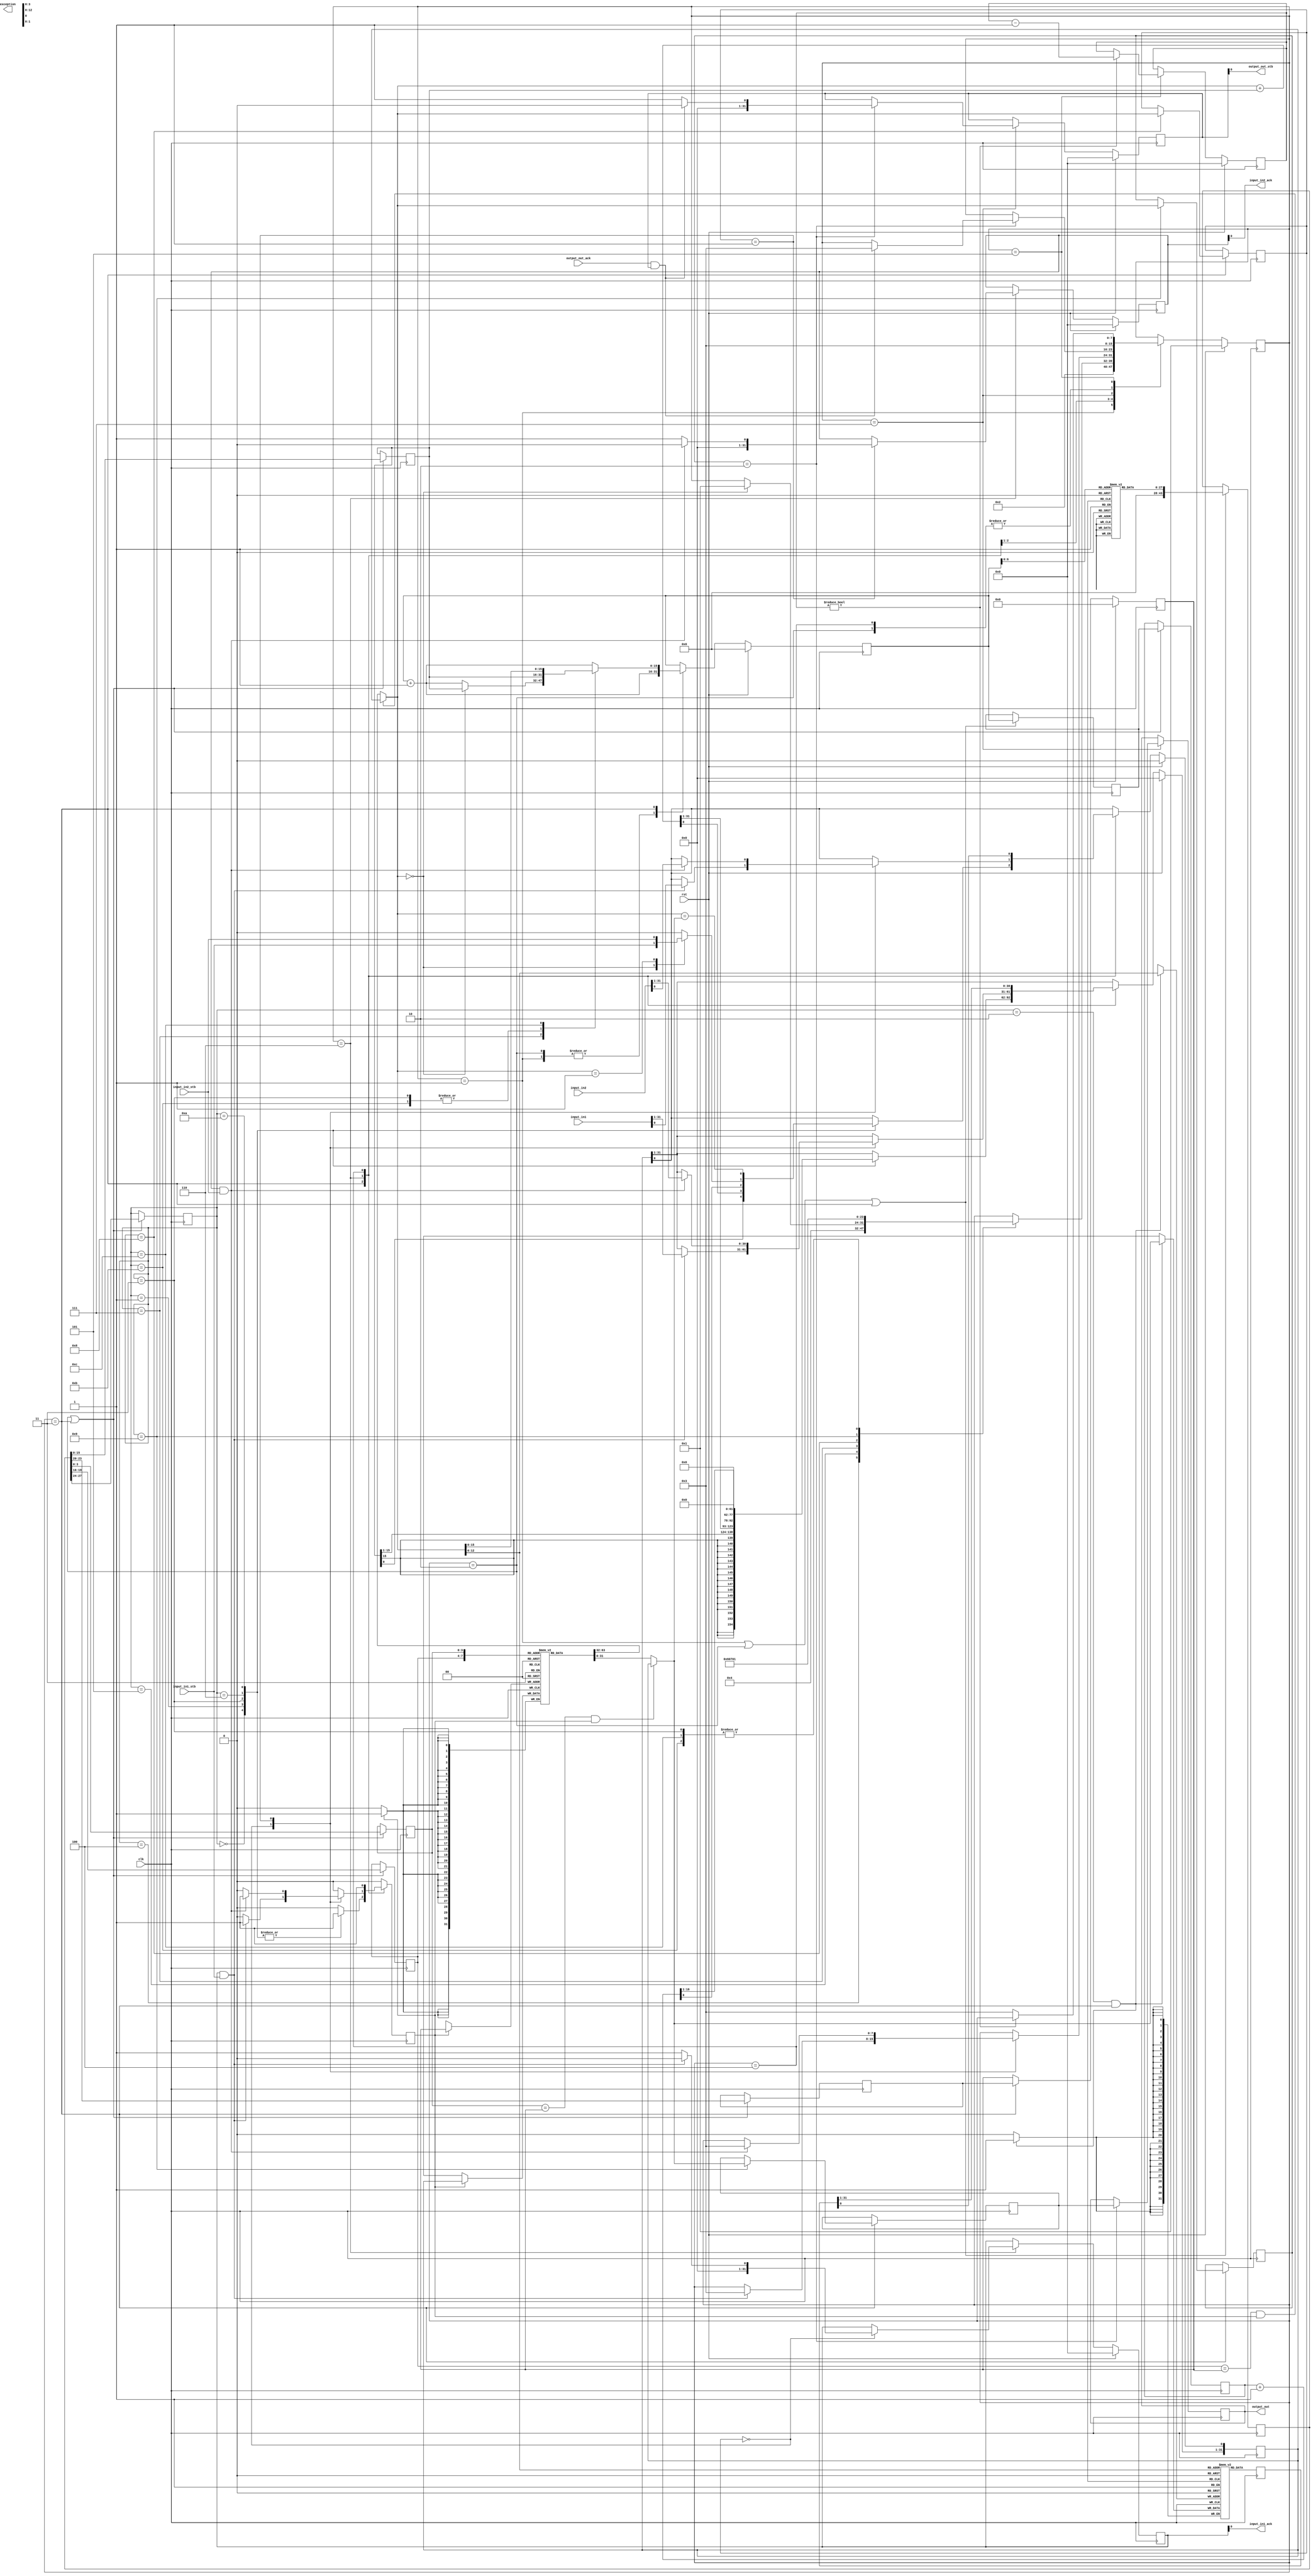
//name : main_0
//input : input_in1:16
//input : input_in2:16
//output : output_out:16
//source_file : /home/storage/Projects/Chips-Demo/demo/examples/web_server/arbiter.c

///+============================================================================+
///|                                                                            |
///|                     This file was generated by Chips                       |
///|                                                                            |
///|                                  Chips                                     |
///|                                                                            |
///|                      http://github.com/dawsonjon/Chips-2.0                 |
///|                                                                            |
///|                                                             Python powered |
///+============================================================================+
module main_0(input_in1,input_in2,input_in1_stb,input_in2_stb,output_out_ack,clk,rst,output_out,output_out_stb,input_in1_ack,input_in2_ack,exception);
  integer file_count;
  parameter  stop = 3'd0,
  instruction_fetch = 3'd1,
  operand_fetch = 3'd2,
  execute = 3'd3,
  load = 3'd4,
  wait_state = 3'd5,
  read = 3'd6,
  write = 3'd7;
  input [31:0] input_in1;
  input [31:0] input_in2;
  input input_in1_stb;
  input input_in2_stb;
  input output_out_ack;
  input clk;
  input rst;
  output [31:0] output_out;
  output output_out_stb;
  output input_in1_ack;
  output input_in2_ack;
  reg [31:0] timer;
  reg [63:0] timer_clock;
  reg [15:0] program_counter;
  reg [15:0] program_counter_1;
  reg [15:0] program_counter_2;
  reg [43:0] instruction;
  reg [3:0] opcode_2;
  reg [3:0] a;
  reg [3:0] b;
  reg [3:0] z;
  reg write_enable;
  reg [3:0] address_a_2;
  reg [3:0] address_b_2;
  reg [3:0] address_z_2;
  reg [3:0] address_z_3;
  reg [31:0] load_data;
  reg [31:0] write_output;
  reg [31:0] write_value;
  reg [31:0] read_input;
  reg [15:0] literal_2;
  reg [31:0] a_hi;
  reg [31:0] b_hi;
  reg [31:0] a_lo;
  reg [31:0] b_lo;
  reg [63:0] long_result;
  reg [31:0] result;
  reg [15:0] address;
  reg [31:0] data_out;
  reg [31:0] data_in;
  reg [31:0] carry;
  reg [31:0] s_output_out_stb;
  reg [31:0] s_output_out;
  reg [31:0] s_input_in1_ack;
  reg [31:0] s_input_in2_ack;
  reg [7:0] state;
  output reg exception;
  reg [27:0] instructions [94:0];
  reg [31:0] memory [4096:0];
  reg [31:0] registers [15:0];
  wire [31:0] operand_a;
  wire [31:0] operand_b;
  wire [31:0] register_a;
  wire [31:0] register_b;
  wire [15:0] literal;
  wire [3:0] opcode;
  wire [3:0] address_a;
  wire [3:0] address_b;
  wire [3:0] address_z;
  wire [15:0] load_address;
  wire [15:0] store_address;
  wire [31:0] store_data;
  wire  store_enable;

  //////////////////////////////////////////////////////////////////////////////
  // INSTRUCTION INITIALIZATION                                                 
  //                                                                            
  // Initialise the contents of the instruction memory                          
  //
  // Intruction Set
  // ==============
  // 0 {'literal': True, 'op': 'literal'}
  // 1 {'literal': True, 'op': 'addl'}
  // 2 {'literal': False, 'op': 'store'}
  // 3 {'literal': True, 'op': 'call'}
  // 4 {'literal': False, 'op': 'stop'}
  // 5 {'literal': False, 'op': 'load'}
  // 6 {'literal': False, 'op': 'ready'}
  // 7 {'literal': True, 'op': 'jmp_if_false'}
  // 8 {'literal': False, 'op': 'read'}
  // 9 {'literal': False, 'op': 'write'}
  // 10 {'literal': False, 'op': 'equal'}
  // 11 {'literal': True, 'op': 'goto'}
  // 12 {'literal': False, 'op': 'return'}
  // Intructions
  // ===========
  
  initial
  begin
    instructions[0] = {4'd0, 4'd3, 4'd0, 16'd0};///home/storage/Projects/Chips-Demo/demo/examples/web_server/arbiter.c : 40 {'literal': 0, 'z': 3, 'trace': /home/storage/Projects/Chips-Demo/demo/examples/web_server/arbiter.c : 40, 'op': 'literal'}
    instructions[1] = {4'd0, 4'd4, 4'd0, 16'd0};///home/storage/Projects/Chips-Demo/demo/examples/web_server/arbiter.c : 40 {'literal': 0, 'z': 4, 'trace': /home/storage/Projects/Chips-Demo/demo/examples/web_server/arbiter.c : 40, 'op': 'literal'}
    instructions[2] = {4'd1, 4'd3, 4'd3, 16'd3};///home/storage/Projects/Chips-Demo/demo/examples/web_server/arbiter.c : 40 {'a': 3, 'literal': 3, 'z': 3, 'trace': /home/storage/Projects/Chips-Demo/demo/examples/web_server/arbiter.c : 40, 'op': 'addl'}
    instructions[3] = {4'd0, 4'd8, 4'd0, 16'd1};///home/storage/Projects/Chips-Demo/demo/examples/web_server/arbiter.c : 16 {'literal': 1, 'z': 8, 'trace': /home/storage/Projects/Chips-Demo/demo/examples/web_server/arbiter.c : 16, 'op': 'literal'}
    instructions[4] = {4'd0, 4'd2, 4'd0, 16'd0};///home/storage/Projects/Chips-Demo/demo/examples/web_server/arbiter.c : 16 {'literal': 0, 'z': 2, 'trace': /home/storage/Projects/Chips-Demo/demo/examples/web_server/arbiter.c : 16, 'op': 'literal'}
    instructions[5] = {4'd2, 4'd0, 4'd2, 16'd8};///home/storage/Projects/Chips-Demo/demo/examples/web_server/arbiter.c : 16 {'a': 2, 'b': 8, 'trace': /home/storage/Projects/Chips-Demo/demo/examples/web_server/arbiter.c : 16, 'op': 'store'}
    instructions[6] = {4'd0, 4'd8, 4'd0, 16'd2};///home/storage/Projects/Chips-Demo/demo/examples/web_server/arbiter.c : 17 {'literal': 2, 'z': 8, 'trace': /home/storage/Projects/Chips-Demo/demo/examples/web_server/arbiter.c : 17, 'op': 'literal'}
    instructions[7] = {4'd0, 4'd2, 4'd0, 16'd1};///home/storage/Projects/Chips-Demo/demo/examples/web_server/arbiter.c : 17 {'literal': 1, 'z': 2, 'trace': /home/storage/Projects/Chips-Demo/demo/examples/web_server/arbiter.c : 17, 'op': 'literal'}
    instructions[8] = {4'd2, 4'd0, 4'd2, 16'd8};///home/storage/Projects/Chips-Demo/demo/examples/web_server/arbiter.c : 17 {'a': 2, 'b': 8, 'trace': /home/storage/Projects/Chips-Demo/demo/examples/web_server/arbiter.c : 17, 'op': 'store'}
    instructions[9] = {4'd0, 4'd8, 4'd0, 16'd0};///home/storage/Projects/Chips-Demo/demo/examples/web_server/arbiter.c : 15 {'literal': 0, 'z': 8, 'trace': /home/storage/Projects/Chips-Demo/demo/examples/web_server/arbiter.c : 15, 'op': 'literal'}
    instructions[10] = {4'd0, 4'd2, 4'd0, 16'd2};///home/storage/Projects/Chips-Demo/demo/examples/web_server/arbiter.c : 15 {'literal': 2, 'z': 2, 'trace': /home/storage/Projects/Chips-Demo/demo/examples/web_server/arbiter.c : 15, 'op': 'literal'}
    instructions[11] = {4'd2, 4'd0, 4'd2, 16'd8};///home/storage/Projects/Chips-Demo/demo/examples/web_server/arbiter.c : 15 {'a': 2, 'b': 8, 'trace': /home/storage/Projects/Chips-Demo/demo/examples/web_server/arbiter.c : 15, 'op': 'store'}
    instructions[12] = {4'd1, 4'd7, 4'd4, 16'd0};///home/storage/Projects/Chips-Demo/demo/examples/web_server/arbiter.c : 40 {'a': 4, 'literal': 0, 'z': 7, 'trace': /home/storage/Projects/Chips-Demo/demo/examples/web_server/arbiter.c : 40, 'op': 'addl'}
    instructions[13] = {4'd1, 4'd4, 4'd3, 16'd0};///home/storage/Projects/Chips-Demo/demo/examples/web_server/arbiter.c : 40 {'a': 3, 'literal': 0, 'z': 4, 'trace': /home/storage/Projects/Chips-Demo/demo/examples/web_server/arbiter.c : 40, 'op': 'addl'}
    instructions[14] = {4'd3, 4'd6, 4'd0, 16'd16};///home/storage/Projects/Chips-Demo/demo/examples/web_server/arbiter.c : 40 {'z': 6, 'label': 16, 'trace': /home/storage/Projects/Chips-Demo/demo/examples/web_server/arbiter.c : 40, 'op': 'call'}
    instructions[15] = {4'd4, 4'd0, 4'd0, 16'd0};///home/storage/Projects/Chips-Demo/demo/examples/web_server/arbiter.c : 40 {'trace': /home/storage/Projects/Chips-Demo/demo/examples/web_server/arbiter.c : 40, 'op': 'stop'}
    instructions[16] = {4'd1, 4'd3, 4'd3, 16'd1};///home/storage/Projects/Chips-Demo/demo/examples/web_server/arbiter.c : 19 {'a': 3, 'literal': 1, 'z': 3, 'trace': /home/storage/Projects/Chips-Demo/demo/examples/web_server/arbiter.c : 19, 'op': 'addl'}
    instructions[17] = {4'd0, 4'd8, 4'd0, 16'd2};///home/storage/Projects/Chips-Demo/demo/examples/web_server/arbiter.c : 23 {'literal': 2, 'z': 8, 'trace': /home/storage/Projects/Chips-Demo/demo/examples/web_server/arbiter.c : 23, 'op': 'literal'}
    instructions[18] = {4'd1, 4'd2, 4'd8, 16'd0};///home/storage/Projects/Chips-Demo/demo/examples/web_server/arbiter.c : 23 {'a': 8, 'literal': 0, 'z': 2, 'trace': /home/storage/Projects/Chips-Demo/demo/examples/web_server/arbiter.c : 23, 'op': 'addl'}
    instructions[19] = {4'd5, 4'd8, 4'd2, 16'd0};///home/storage/Projects/Chips-Demo/demo/examples/web_server/arbiter.c : 23 {'a': 2, 'z': 8, 'trace': /home/storage/Projects/Chips-Demo/demo/examples/web_server/arbiter.c : 23, 'op': 'load'}
    instructions[20] = {4'd6, 4'd8, 4'd8, 16'd0};///home/storage/Projects/Chips-Demo/demo/examples/web_server/arbiter.c : 23 {'a': 8, 'z': 8, 'trace': /home/storage/Projects/Chips-Demo/demo/examples/web_server/arbiter.c : 23, 'op': 'ready'}
    instructions[21] = {4'd7, 4'd0, 4'd8, 16'd54};///home/storage/Projects/Chips-Demo/demo/examples/web_server/arbiter.c : 23 {'a': 8, 'label': 54, 'trace': /home/storage/Projects/Chips-Demo/demo/examples/web_server/arbiter.c : 23, 'op': 'jmp_if_false'}
    instructions[22] = {4'd0, 4'd8, 4'd0, 16'd2};///home/storage/Projects/Chips-Demo/demo/examples/web_server/arbiter.c : 25 {'literal': 2, 'z': 8, 'trace': /home/storage/Projects/Chips-Demo/demo/examples/web_server/arbiter.c : 25, 'op': 'literal'}
    instructions[23] = {4'd1, 4'd2, 4'd8, 16'd0};///home/storage/Projects/Chips-Demo/demo/examples/web_server/arbiter.c : 25 {'a': 8, 'literal': 0, 'z': 2, 'trace': /home/storage/Projects/Chips-Demo/demo/examples/web_server/arbiter.c : 25, 'op': 'addl'}
    instructions[24] = {4'd5, 4'd8, 4'd2, 16'd0};///home/storage/Projects/Chips-Demo/demo/examples/web_server/arbiter.c : 25 {'a': 2, 'z': 8, 'trace': /home/storage/Projects/Chips-Demo/demo/examples/web_server/arbiter.c : 25, 'op': 'load'}
    instructions[25] = {4'd8, 4'd8, 4'd8, 16'd0};///home/storage/Projects/Chips-Demo/demo/examples/web_server/arbiter.c : 25 {'a': 8, 'z': 8, 'trace': /home/storage/Projects/Chips-Demo/demo/examples/web_server/arbiter.c : 25, 'op': 'read'}
    instructions[26] = {4'd1, 4'd2, 4'd4, 16'd0};///home/storage/Projects/Chips-Demo/demo/examples/web_server/arbiter.c : 25 {'a': 4, 'literal': 0, 'z': 2, 'trace': /home/storage/Projects/Chips-Demo/demo/examples/web_server/arbiter.c : 25, 'op': 'addl'}
    instructions[27] = {4'd2, 4'd0, 4'd2, 16'd8};///home/storage/Projects/Chips-Demo/demo/examples/web_server/arbiter.c : 25 {'a': 2, 'b': 8, 'trace': /home/storage/Projects/Chips-Demo/demo/examples/web_server/arbiter.c : 25, 'op': 'store'}
    instructions[28] = {4'd0, 4'd8, 4'd0, 16'd1};///home/storage/Projects/Chips-Demo/demo/examples/web_server/arbiter.c : 26 {'literal': 1, 'z': 8, 'trace': /home/storage/Projects/Chips-Demo/demo/examples/web_server/arbiter.c : 26, 'op': 'literal'}
    instructions[29] = {4'd1, 4'd2, 4'd8, 16'd0};///home/storage/Projects/Chips-Demo/demo/examples/web_server/arbiter.c : 26 {'a': 8, 'literal': 0, 'z': 2, 'trace': /home/storage/Projects/Chips-Demo/demo/examples/web_server/arbiter.c : 26, 'op': 'addl'}
    instructions[30] = {4'd5, 4'd8, 4'd2, 16'd0};///home/storage/Projects/Chips-Demo/demo/examples/web_server/arbiter.c : 26 {'a': 2, 'z': 8, 'trace': /home/storage/Projects/Chips-Demo/demo/examples/web_server/arbiter.c : 26, 'op': 'load'}
    instructions[31] = {4'd2, 4'd0, 4'd3, 16'd8};///home/storage/Projects/Chips-Demo/demo/examples/web_server/arbiter.c : 26 {'a': 3, 'comment': 'push', 'b': 8, 'trace': /home/storage/Projects/Chips-Demo/demo/examples/web_server/arbiter.c : 26, 'op': 'store'}
    instructions[32] = {4'd1, 4'd3, 4'd3, 16'd1};///home/storage/Projects/Chips-Demo/demo/examples/web_server/arbiter.c : 26 {'a': 3, 'literal': 1, 'z': 3, 'trace': /home/storage/Projects/Chips-Demo/demo/examples/web_server/arbiter.c : 26, 'op': 'addl'}
    instructions[33] = {4'd1, 4'd8, 4'd4, 16'd0};///home/storage/Projects/Chips-Demo/demo/examples/web_server/arbiter.c : 26 {'a': 4, 'literal': 0, 'z': 8, 'trace': /home/storage/Projects/Chips-Demo/demo/examples/web_server/arbiter.c : 26, 'op': 'addl'}
    instructions[34] = {4'd1, 4'd2, 4'd8, 16'd0};///home/storage/Projects/Chips-Demo/demo/examples/web_server/arbiter.c : 26 {'a': 8, 'literal': 0, 'z': 2, 'trace': /home/storage/Projects/Chips-Demo/demo/examples/web_server/arbiter.c : 26, 'op': 'addl'}
    instructions[35] = {4'd5, 4'd8, 4'd2, 16'd0};///home/storage/Projects/Chips-Demo/demo/examples/web_server/arbiter.c : 26 {'a': 2, 'z': 8, 'trace': /home/storage/Projects/Chips-Demo/demo/examples/web_server/arbiter.c : 26, 'op': 'load'}
    instructions[36] = {4'd1, 4'd3, 4'd3, -16'd1};///home/storage/Projects/Chips-Demo/demo/examples/web_server/arbiter.c : 26 {'a': 3, 'comment': 'pop', 'trace': /home/storage/Projects/Chips-Demo/demo/examples/web_server/arbiter.c : 26, 'literal': -1, 'z': 3, 'op': 'addl'}
    instructions[37] = {4'd5, 4'd0, 4'd3, 16'd0};///home/storage/Projects/Chips-Demo/demo/examples/web_server/arbiter.c : 26 {'a': 3, 'z': 0, 'trace': /home/storage/Projects/Chips-Demo/demo/examples/web_server/arbiter.c : 26, 'op': 'load'}
    instructions[38] = {4'd9, 4'd0, 4'd0, 16'd8};///home/storage/Projects/Chips-Demo/demo/examples/web_server/arbiter.c : 26 {'a': 0, 'b': 8, 'trace': /home/storage/Projects/Chips-Demo/demo/examples/web_server/arbiter.c : 26, 'op': 'write'}
    instructions[39] = {4'd1, 4'd3, 4'd3, 16'd0};///home/storage/Projects/Chips-Demo/demo/examples/web_server/arbiter.c : 26 {'a': 3, 'literal': 0, 'z': 3, 'trace': /home/storage/Projects/Chips-Demo/demo/examples/web_server/arbiter.c : 26, 'op': 'addl'}
    instructions[40] = {4'd0, 4'd8, 4'd0, 16'd10};///home/storage/Projects/Chips-Demo/demo/examples/web_server/arbiter.c : 27 {'literal': 10, 'z': 8, 'trace': /home/storage/Projects/Chips-Demo/demo/examples/web_server/arbiter.c : 27, 'op': 'literal'}
    instructions[41] = {4'd2, 4'd0, 4'd3, 16'd8};///home/storage/Projects/Chips-Demo/demo/examples/web_server/arbiter.c : 27 {'a': 3, 'comment': 'push', 'b': 8, 'trace': /home/storage/Projects/Chips-Demo/demo/examples/web_server/arbiter.c : 27, 'op': 'store'}
    instructions[42] = {4'd1, 4'd3, 4'd3, 16'd1};///home/storage/Projects/Chips-Demo/demo/examples/web_server/arbiter.c : 27 {'a': 3, 'literal': 1, 'z': 3, 'trace': /home/storage/Projects/Chips-Demo/demo/examples/web_server/arbiter.c : 27, 'op': 'addl'}
    instructions[43] = {4'd1, 4'd8, 4'd4, 16'd0};///home/storage/Projects/Chips-Demo/demo/examples/web_server/arbiter.c : 27 {'a': 4, 'literal': 0, 'z': 8, 'trace': /home/storage/Projects/Chips-Demo/demo/examples/web_server/arbiter.c : 27, 'op': 'addl'}
    instructions[44] = {4'd1, 4'd2, 4'd8, 16'd0};///home/storage/Projects/Chips-Demo/demo/examples/web_server/arbiter.c : 27 {'a': 8, 'literal': 0, 'z': 2, 'trace': /home/storage/Projects/Chips-Demo/demo/examples/web_server/arbiter.c : 27, 'op': 'addl'}
    instructions[45] = {4'd5, 4'd8, 4'd2, 16'd0};///home/storage/Projects/Chips-Demo/demo/examples/web_server/arbiter.c : 27 {'a': 2, 'z': 8, 'trace': /home/storage/Projects/Chips-Demo/demo/examples/web_server/arbiter.c : 27, 'op': 'load'}
    instructions[46] = {4'd1, 4'd3, 4'd3, -16'd1};///home/storage/Projects/Chips-Demo/demo/examples/web_server/arbiter.c : 27 {'a': 3, 'comment': 'pop', 'trace': /home/storage/Projects/Chips-Demo/demo/examples/web_server/arbiter.c : 27, 'literal': -1, 'z': 3, 'op': 'addl'}
    instructions[47] = {4'd5, 4'd10, 4'd3, 16'd0};///home/storage/Projects/Chips-Demo/demo/examples/web_server/arbiter.c : 27 {'a': 3, 'z': 10, 'trace': /home/storage/Projects/Chips-Demo/demo/examples/web_server/arbiter.c : 27, 'op': 'load'}
    instructions[48] = {4'd10, 4'd8, 4'd8, 16'd10};///home/storage/Projects/Chips-Demo/demo/examples/web_server/arbiter.c : 27 {'a': 8, 'z': 8, 'b': 10, 'trace': /home/storage/Projects/Chips-Demo/demo/examples/web_server/arbiter.c : 27, 'op': 'equal'}
    instructions[49] = {4'd7, 4'd0, 4'd8, 16'd52};///home/storage/Projects/Chips-Demo/demo/examples/web_server/arbiter.c : 27 {'a': 8, 'label': 52, 'trace': /home/storage/Projects/Chips-Demo/demo/examples/web_server/arbiter.c : 27, 'op': 'jmp_if_false'}
    instructions[50] = {4'd11, 4'd0, 4'd0, 16'd53};///home/storage/Projects/Chips-Demo/demo/examples/web_server/arbiter.c : 27 {'label': 53, 'trace': /home/storage/Projects/Chips-Demo/demo/examples/web_server/arbiter.c : 27, 'op': 'goto'}
    instructions[51] = {4'd11, 4'd0, 4'd0, 16'd52};///home/storage/Projects/Chips-Demo/demo/examples/web_server/arbiter.c : 27 {'label': 52, 'trace': /home/storage/Projects/Chips-Demo/demo/examples/web_server/arbiter.c : 27, 'op': 'goto'}
    instructions[52] = {4'd11, 4'd0, 4'd0, 16'd22};///home/storage/Projects/Chips-Demo/demo/examples/web_server/arbiter.c : 24 {'label': 22, 'trace': /home/storage/Projects/Chips-Demo/demo/examples/web_server/arbiter.c : 24, 'op': 'goto'}
    instructions[53] = {4'd11, 4'd0, 4'd0, 16'd54};///home/storage/Projects/Chips-Demo/demo/examples/web_server/arbiter.c : 23 {'label': 54, 'trace': /home/storage/Projects/Chips-Demo/demo/examples/web_server/arbiter.c : 23, 'op': 'goto'}
    instructions[54] = {4'd0, 4'd8, 4'd0, 16'd0};///home/storage/Projects/Chips-Demo/demo/examples/web_server/arbiter.c : 30 {'literal': 0, 'z': 8, 'trace': /home/storage/Projects/Chips-Demo/demo/examples/web_server/arbiter.c : 30, 'op': 'literal'}
    instructions[55] = {4'd1, 4'd2, 4'd8, 16'd0};///home/storage/Projects/Chips-Demo/demo/examples/web_server/arbiter.c : 30 {'a': 8, 'literal': 0, 'z': 2, 'trace': /home/storage/Projects/Chips-Demo/demo/examples/web_server/arbiter.c : 30, 'op': 'addl'}
    instructions[56] = {4'd5, 4'd8, 4'd2, 16'd0};///home/storage/Projects/Chips-Demo/demo/examples/web_server/arbiter.c : 30 {'a': 2, 'z': 8, 'trace': /home/storage/Projects/Chips-Demo/demo/examples/web_server/arbiter.c : 30, 'op': 'load'}
    instructions[57] = {4'd6, 4'd8, 4'd8, 16'd0};///home/storage/Projects/Chips-Demo/demo/examples/web_server/arbiter.c : 30 {'a': 8, 'z': 8, 'trace': /home/storage/Projects/Chips-Demo/demo/examples/web_server/arbiter.c : 30, 'op': 'ready'}
    instructions[58] = {4'd7, 4'd0, 4'd8, 16'd91};///home/storage/Projects/Chips-Demo/demo/examples/web_server/arbiter.c : 30 {'a': 8, 'label': 91, 'trace': /home/storage/Projects/Chips-Demo/demo/examples/web_server/arbiter.c : 30, 'op': 'jmp_if_false'}
    instructions[59] = {4'd0, 4'd8, 4'd0, 16'd0};///home/storage/Projects/Chips-Demo/demo/examples/web_server/arbiter.c : 32 {'literal': 0, 'z': 8, 'trace': /home/storage/Projects/Chips-Demo/demo/examples/web_server/arbiter.c : 32, 'op': 'literal'}
    instructions[60] = {4'd1, 4'd2, 4'd8, 16'd0};///home/storage/Projects/Chips-Demo/demo/examples/web_server/arbiter.c : 32 {'a': 8, 'literal': 0, 'z': 2, 'trace': /home/storage/Projects/Chips-Demo/demo/examples/web_server/arbiter.c : 32, 'op': 'addl'}
    instructions[61] = {4'd5, 4'd8, 4'd2, 16'd0};///home/storage/Projects/Chips-Demo/demo/examples/web_server/arbiter.c : 32 {'a': 2, 'z': 8, 'trace': /home/storage/Projects/Chips-Demo/demo/examples/web_server/arbiter.c : 32, 'op': 'load'}
    instructions[62] = {4'd8, 4'd8, 4'd8, 16'd0};///home/storage/Projects/Chips-Demo/demo/examples/web_server/arbiter.c : 32 {'a': 8, 'z': 8, 'trace': /home/storage/Projects/Chips-Demo/demo/examples/web_server/arbiter.c : 32, 'op': 'read'}
    instructions[63] = {4'd1, 4'd2, 4'd4, 16'd0};///home/storage/Projects/Chips-Demo/demo/examples/web_server/arbiter.c : 32 {'a': 4, 'literal': 0, 'z': 2, 'trace': /home/storage/Projects/Chips-Demo/demo/examples/web_server/arbiter.c : 32, 'op': 'addl'}
    instructions[64] = {4'd2, 4'd0, 4'd2, 16'd8};///home/storage/Projects/Chips-Demo/demo/examples/web_server/arbiter.c : 32 {'a': 2, 'b': 8, 'trace': /home/storage/Projects/Chips-Demo/demo/examples/web_server/arbiter.c : 32, 'op': 'store'}
    instructions[65] = {4'd0, 4'd8, 4'd0, 16'd1};///home/storage/Projects/Chips-Demo/demo/examples/web_server/arbiter.c : 33 {'literal': 1, 'z': 8, 'trace': /home/storage/Projects/Chips-Demo/demo/examples/web_server/arbiter.c : 33, 'op': 'literal'}
    instructions[66] = {4'd1, 4'd2, 4'd8, 16'd0};///home/storage/Projects/Chips-Demo/demo/examples/web_server/arbiter.c : 33 {'a': 8, 'literal': 0, 'z': 2, 'trace': /home/storage/Projects/Chips-Demo/demo/examples/web_server/arbiter.c : 33, 'op': 'addl'}
    instructions[67] = {4'd5, 4'd8, 4'd2, 16'd0};///home/storage/Projects/Chips-Demo/demo/examples/web_server/arbiter.c : 33 {'a': 2, 'z': 8, 'trace': /home/storage/Projects/Chips-Demo/demo/examples/web_server/arbiter.c : 33, 'op': 'load'}
    instructions[68] = {4'd2, 4'd0, 4'd3, 16'd8};///home/storage/Projects/Chips-Demo/demo/examples/web_server/arbiter.c : 33 {'a': 3, 'comment': 'push', 'b': 8, 'trace': /home/storage/Projects/Chips-Demo/demo/examples/web_server/arbiter.c : 33, 'op': 'store'}
    instructions[69] = {4'd1, 4'd3, 4'd3, 16'd1};///home/storage/Projects/Chips-Demo/demo/examples/web_server/arbiter.c : 33 {'a': 3, 'literal': 1, 'z': 3, 'trace': /home/storage/Projects/Chips-Demo/demo/examples/web_server/arbiter.c : 33, 'op': 'addl'}
    instructions[70] = {4'd1, 4'd8, 4'd4, 16'd0};///home/storage/Projects/Chips-Demo/demo/examples/web_server/arbiter.c : 33 {'a': 4, 'literal': 0, 'z': 8, 'trace': /home/storage/Projects/Chips-Demo/demo/examples/web_server/arbiter.c : 33, 'op': 'addl'}
    instructions[71] = {4'd1, 4'd2, 4'd8, 16'd0};///home/storage/Projects/Chips-Demo/demo/examples/web_server/arbiter.c : 33 {'a': 8, 'literal': 0, 'z': 2, 'trace': /home/storage/Projects/Chips-Demo/demo/examples/web_server/arbiter.c : 33, 'op': 'addl'}
    instructions[72] = {4'd5, 4'd8, 4'd2, 16'd0};///home/storage/Projects/Chips-Demo/demo/examples/web_server/arbiter.c : 33 {'a': 2, 'z': 8, 'trace': /home/storage/Projects/Chips-Demo/demo/examples/web_server/arbiter.c : 33, 'op': 'load'}
    instructions[73] = {4'd1, 4'd3, 4'd3, -16'd1};///home/storage/Projects/Chips-Demo/demo/examples/web_server/arbiter.c : 33 {'a': 3, 'comment': 'pop', 'trace': /home/storage/Projects/Chips-Demo/demo/examples/web_server/arbiter.c : 33, 'literal': -1, 'z': 3, 'op': 'addl'}
    instructions[74] = {4'd5, 4'd0, 4'd3, 16'd0};///home/storage/Projects/Chips-Demo/demo/examples/web_server/arbiter.c : 33 {'a': 3, 'z': 0, 'trace': /home/storage/Projects/Chips-Demo/demo/examples/web_server/arbiter.c : 33, 'op': 'load'}
    instructions[75] = {4'd9, 4'd0, 4'd0, 16'd8};///home/storage/Projects/Chips-Demo/demo/examples/web_server/arbiter.c : 33 {'a': 0, 'b': 8, 'trace': /home/storage/Projects/Chips-Demo/demo/examples/web_server/arbiter.c : 33, 'op': 'write'}
    instructions[76] = {4'd1, 4'd3, 4'd3, 16'd0};///home/storage/Projects/Chips-Demo/demo/examples/web_server/arbiter.c : 33 {'a': 3, 'literal': 0, 'z': 3, 'trace': /home/storage/Projects/Chips-Demo/demo/examples/web_server/arbiter.c : 33, 'op': 'addl'}
    instructions[77] = {4'd0, 4'd8, 4'd0, 16'd10};///home/storage/Projects/Chips-Demo/demo/examples/web_server/arbiter.c : 34 {'literal': 10, 'z': 8, 'trace': /home/storage/Projects/Chips-Demo/demo/examples/web_server/arbiter.c : 34, 'op': 'literal'}
    instructions[78] = {4'd2, 4'd0, 4'd3, 16'd8};///home/storage/Projects/Chips-Demo/demo/examples/web_server/arbiter.c : 34 {'a': 3, 'comment': 'push', 'b': 8, 'trace': /home/storage/Projects/Chips-Demo/demo/examples/web_server/arbiter.c : 34, 'op': 'store'}
    instructions[79] = {4'd1, 4'd3, 4'd3, 16'd1};///home/storage/Projects/Chips-Demo/demo/examples/web_server/arbiter.c : 34 {'a': 3, 'literal': 1, 'z': 3, 'trace': /home/storage/Projects/Chips-Demo/demo/examples/web_server/arbiter.c : 34, 'op': 'addl'}
    instructions[80] = {4'd1, 4'd8, 4'd4, 16'd0};///home/storage/Projects/Chips-Demo/demo/examples/web_server/arbiter.c : 34 {'a': 4, 'literal': 0, 'z': 8, 'trace': /home/storage/Projects/Chips-Demo/demo/examples/web_server/arbiter.c : 34, 'op': 'addl'}
    instructions[81] = {4'd1, 4'd2, 4'd8, 16'd0};///home/storage/Projects/Chips-Demo/demo/examples/web_server/arbiter.c : 34 {'a': 8, 'literal': 0, 'z': 2, 'trace': /home/storage/Projects/Chips-Demo/demo/examples/web_server/arbiter.c : 34, 'op': 'addl'}
    instructions[82] = {4'd5, 4'd8, 4'd2, 16'd0};///home/storage/Projects/Chips-Demo/demo/examples/web_server/arbiter.c : 34 {'a': 2, 'z': 8, 'trace': /home/storage/Projects/Chips-Demo/demo/examples/web_server/arbiter.c : 34, 'op': 'load'}
    instructions[83] = {4'd1, 4'd3, 4'd3, -16'd1};///home/storage/Projects/Chips-Demo/demo/examples/web_server/arbiter.c : 34 {'a': 3, 'comment': 'pop', 'trace': /home/storage/Projects/Chips-Demo/demo/examples/web_server/arbiter.c : 34, 'literal': -1, 'z': 3, 'op': 'addl'}
    instructions[84] = {4'd5, 4'd10, 4'd3, 16'd0};///home/storage/Projects/Chips-Demo/demo/examples/web_server/arbiter.c : 34 {'a': 3, 'z': 10, 'trace': /home/storage/Projects/Chips-Demo/demo/examples/web_server/arbiter.c : 34, 'op': 'load'}
    instructions[85] = {4'd10, 4'd8, 4'd8, 16'd10};///home/storage/Projects/Chips-Demo/demo/examples/web_server/arbiter.c : 34 {'a': 8, 'z': 8, 'b': 10, 'trace': /home/storage/Projects/Chips-Demo/demo/examples/web_server/arbiter.c : 34, 'op': 'equal'}
    instructions[86] = {4'd7, 4'd0, 4'd8, 16'd89};///home/storage/Projects/Chips-Demo/demo/examples/web_server/arbiter.c : 34 {'a': 8, 'label': 89, 'trace': /home/storage/Projects/Chips-Demo/demo/examples/web_server/arbiter.c : 34, 'op': 'jmp_if_false'}
    instructions[87] = {4'd11, 4'd0, 4'd0, 16'd90};///home/storage/Projects/Chips-Demo/demo/examples/web_server/arbiter.c : 34 {'label': 90, 'trace': /home/storage/Projects/Chips-Demo/demo/examples/web_server/arbiter.c : 34, 'op': 'goto'}
    instructions[88] = {4'd11, 4'd0, 4'd0, 16'd89};///home/storage/Projects/Chips-Demo/demo/examples/web_server/arbiter.c : 34 {'label': 89, 'trace': /home/storage/Projects/Chips-Demo/demo/examples/web_server/arbiter.c : 34, 'op': 'goto'}
    instructions[89] = {4'd11, 4'd0, 4'd0, 16'd59};///home/storage/Projects/Chips-Demo/demo/examples/web_server/arbiter.c : 31 {'label': 59, 'trace': /home/storage/Projects/Chips-Demo/demo/examples/web_server/arbiter.c : 31, 'op': 'goto'}
    instructions[90] = {4'd11, 4'd0, 4'd0, 16'd91};///home/storage/Projects/Chips-Demo/demo/examples/web_server/arbiter.c : 30 {'label': 91, 'trace': /home/storage/Projects/Chips-Demo/demo/examples/web_server/arbiter.c : 30, 'op': 'goto'}
    instructions[91] = {4'd11, 4'd0, 4'd0, 16'd17};///home/storage/Projects/Chips-Demo/demo/examples/web_server/arbiter.c : 22 {'label': 17, 'trace': /home/storage/Projects/Chips-Demo/demo/examples/web_server/arbiter.c : 22, 'op': 'goto'}
    instructions[92] = {4'd1, 4'd3, 4'd4, 16'd0};///home/storage/Projects/Chips-Demo/demo/examples/web_server/arbiter.c : 19 {'a': 4, 'literal': 0, 'z': 3, 'trace': /home/storage/Projects/Chips-Demo/demo/examples/web_server/arbiter.c : 19, 'op': 'addl'}
    instructions[93] = {4'd1, 4'd4, 4'd7, 16'd0};///home/storage/Projects/Chips-Demo/demo/examples/web_server/arbiter.c : 19 {'a': 7, 'literal': 0, 'z': 4, 'trace': /home/storage/Projects/Chips-Demo/demo/examples/web_server/arbiter.c : 19, 'op': 'addl'}
    instructions[94] = {4'd12, 4'd0, 4'd6, 16'd0};///home/storage/Projects/Chips-Demo/demo/examples/web_server/arbiter.c : 19 {'a': 6, 'trace': /home/storage/Projects/Chips-Demo/demo/examples/web_server/arbiter.c : 19, 'op': 'return'}
  end

  
  always @(posedge clk)
  begin
    load_data <= memory[load_address];
    if(store_enable && state == execute) begin
      memory[store_address] <= store_data;
    end
  end


  //////////////////////////////////////////////////////////////////////////////
  // PIPELINE STAGE 1 -- FETCH INSTRUCTION
  //                                                                            
  
  always @(posedge clk)
  begin
    //implement memory for instructions
    if (state == instruction_fetch || state == operand_fetch || state == execute) begin
      instruction <= instructions[program_counter];
      program_counter_1 <= program_counter;
    end
  end

  assign opcode    = instruction[27:24];
  assign address_z = instruction[23:20];
  assign address_a = instruction[19:16];
  assign address_b = instruction[3:0];
  assign literal   = instruction[15:0];

  //////////////////////////////////////////////////////////////////////////////
  // PIPELINE STAGE 2 -- FETCH OPERANDS
  //                                                                            
  
  always @(posedge clk)
  begin
    if (write_enable) begin
      registers[address_z_3] <= result;
    end
    if (state == operand_fetch || state == execute) begin
      opcode_2 <= opcode;
      literal_2 <= literal;
      address_a_2 <= address_a;
      address_b_2 <= address_b;
      address_z_2 <= address_z;
      program_counter_2 <= program_counter_1;
    end
  end
  assign register_a = registers[address_a_2];
  assign register_b = registers[address_b_2];
  assign operand_a = (address_a_2 == address_z_3 && write_enable)?result:register_a;
  assign operand_b = (address_b_2 == address_z_3 && write_enable)?result:register_b;
  assign store_address = operand_a;
  assign load_address = operand_a;
  assign store_data = operand_b;
  assign store_enable = (opcode_2==2);

  //////////////////////////////////////////////////////////////////////////////
  // PIPELINE STAGE 3 -- EXECUTE
  //                                                                            
  
  always @(posedge clk)
  begin

  write_enable <= 0;
  timer_clock <= timer_clock + 1;
  case(state)

    //instruction_fetch
    instruction_fetch: begin
      program_counter <= program_counter + 1;
      state <= operand_fetch;
    end
    //operand_fetch
    operand_fetch: begin
      program_counter <= program_counter + 1;
      state <= execute;
    end
    //execute
    execute: begin
      program_counter <= program_counter + 1;
      address_z_3 <= address_z_2;
      case(opcode_2)

        //literal
        16'd0:
        begin
          result<=$signed(literal_2);
          write_enable <= 1;
        end

        //addl
        16'd1:
        begin
          result<=operand_a + literal_2;
          write_enable <= 1;
        end

        //store
        16'd2:
        begin
        end

        //call
        16'd3:
        begin
          result <= program_counter_2 + 1;
          write_enable <= 1;
          program_counter <= literal_2;
          state <= instruction_fetch;
        end

        //stop
        16'd4:
        begin
        state <= stop;
        end

        //load
        16'd5:
        begin
          state <= load;
        end

        //ready
        16'd6:
        begin
          result <= 0;
          case(operand_a)

            0:
            begin
              result[0] <= input_in1_stb;
            end
            1:
            begin
              result[0] <= input_in2_stb;
            end
          endcase
          write_enable <= 1;
        end

        //jmp_if_false
        16'd7:
        begin
          if (operand_a == 0) begin
            program_counter <= literal_2;
            state <= instruction_fetch;
          end
        end

        //read
        16'd8:
        begin
          state <= read;
          read_input <= operand_a;
        end

        //write
        16'd9:
        begin
          state <= write;
          write_output <= operand_a;
          write_value <= operand_b;
        end

        //equal
        16'd10:
        begin
          result <= operand_a == operand_b;
          write_enable <= 1;
        end

        //goto
        16'd11:
        begin
          program_counter <= literal_2;
          state <= instruction_fetch;
        end

        //return
        16'd12:
        begin
          program_counter <= operand_a;
          state <= instruction_fetch;
        end

      endcase

    end

    read:
    begin
      case(read_input)
      0:
      begin
        s_input_in1_ack <= 1;
        if (s_input_in1_ack && input_in1_stb) begin
          result <= input_in1;
          write_enable <= 1;
          s_input_in1_ack <= 0;
          state <= execute;
        end
      end
      1:
      begin
        s_input_in2_ack <= 1;
        if (s_input_in2_ack && input_in2_stb) begin
          result <= input_in2;
          write_enable <= 1;
          s_input_in2_ack <= 0;
          state <= execute;
        end
      end
      endcase
    end

    write:
    begin
      case(write_output)
      2:
      begin
        s_output_out_stb <= 1;
        s_output_out <= write_value;
        if (output_out_ack && s_output_out_stb) begin
          s_output_out_stb <= 0;
          state <= execute;
        end
      end
      endcase
    end

    load:
    begin
        result <= load_data;
        write_enable <= 1;
        state <= execute;
    end

    wait_state:
    begin
      if (timer) begin
        timer <= timer - 1;
      end else begin
        state <= execute;
      end
    end

    stop:
    begin
    end

    endcase

    if (rst == 1'b1) begin
      timer <= 0;
      timer_clock <= 0;
      program_counter <= 0;
      address_z_3 <= 0;
      result <= 0;
      a = 0;
      b = 0;
      z = 0;
      state <= instruction_fetch;
      s_input_in1_ack <= 0;
      s_input_in2_ack <= 0;
      s_output_out_stb <= 0;
    end
  end
  assign input_in1_ack = s_input_in1_ack;
  assign input_in2_ack = s_input_in2_ack;
  assign output_out_stb = s_output_out_stb;
  assign output_out = s_output_out;

endmodule